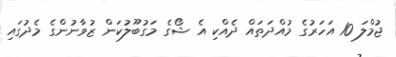
ޖުމްލަ 10 އަހަރުގެ މުއްދަތައް ދެއްކި އެ ޝޯގެ މަގުބޫލުކަން ޒުވާނުންގެ މެދުގައި